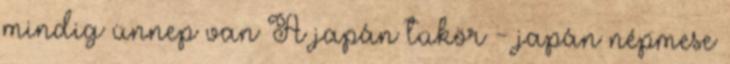
mindig ünnep van A japán tükör - japán népmese